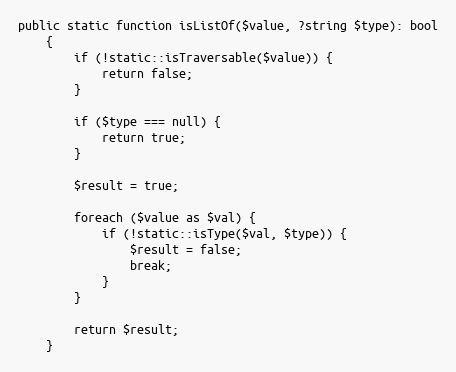
Language: PHP
public static function isListOf($value, ?string $type): bool
    {
        if (!static::isTraversable($value)) {
            return false;
        }

        if ($type === null) {
            return true;
        }

        $result = true;

        foreach ($value as $val) {
            if (!static::isType($val, $type)) {
                $result = false;
                break;
            }
        }

        return $result;
    }